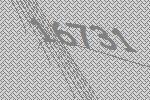
16731